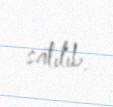
satılıb.